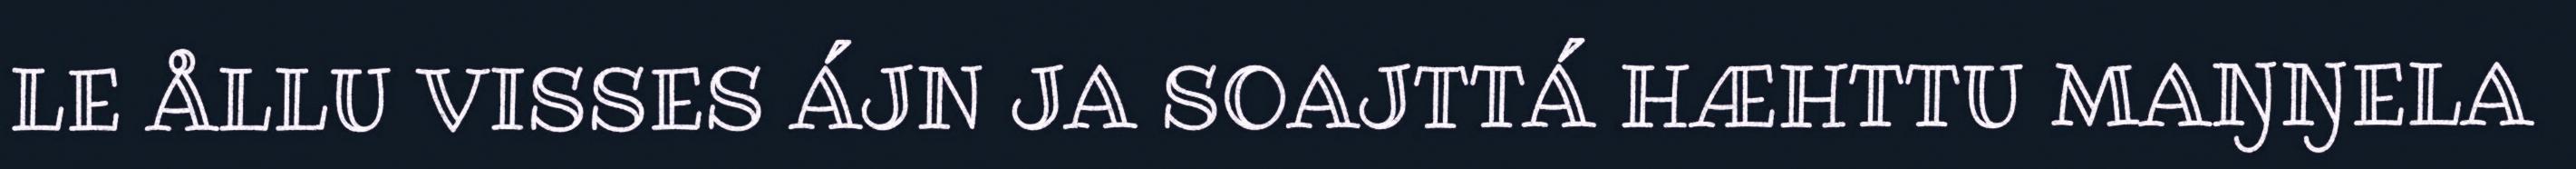
LE ÅLLU VISSES ÁJN JA SOAJTTÁ HÆHTTU MAŊŊELA